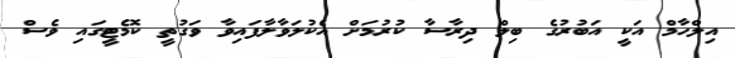
އިލްހާމް އަކީ އަބުރުގެ ބިލް ދިރާސާ ކުރުމަށް އެކުލަވާލާފައިވާ ވަގުތީ ކޮމެޓީގައި ވެސް